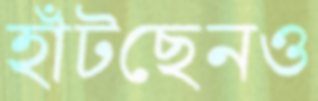
হাঁটছেনও